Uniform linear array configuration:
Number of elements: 24
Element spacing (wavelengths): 0.75
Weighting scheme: binomial
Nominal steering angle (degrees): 0
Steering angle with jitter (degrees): -1.415
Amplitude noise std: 0.05
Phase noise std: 0.05

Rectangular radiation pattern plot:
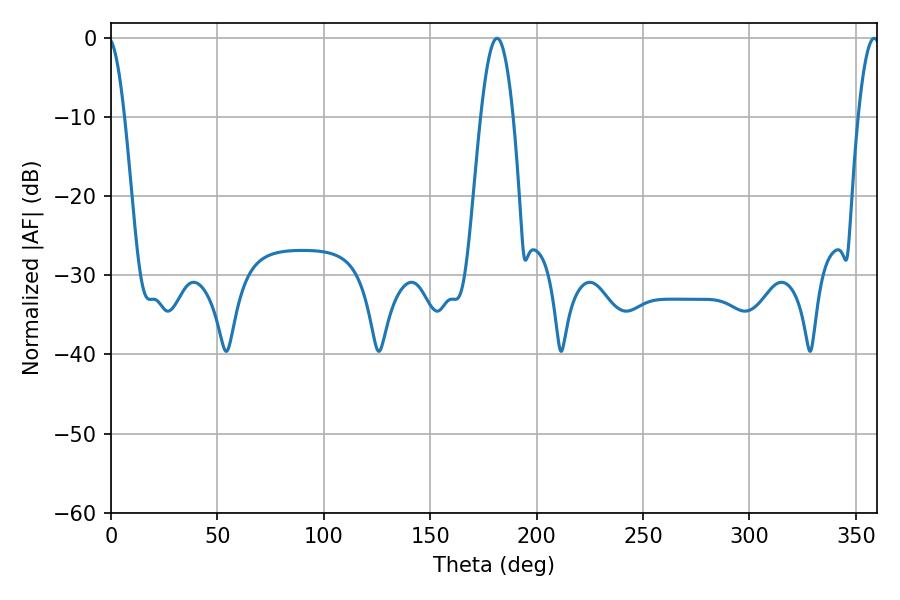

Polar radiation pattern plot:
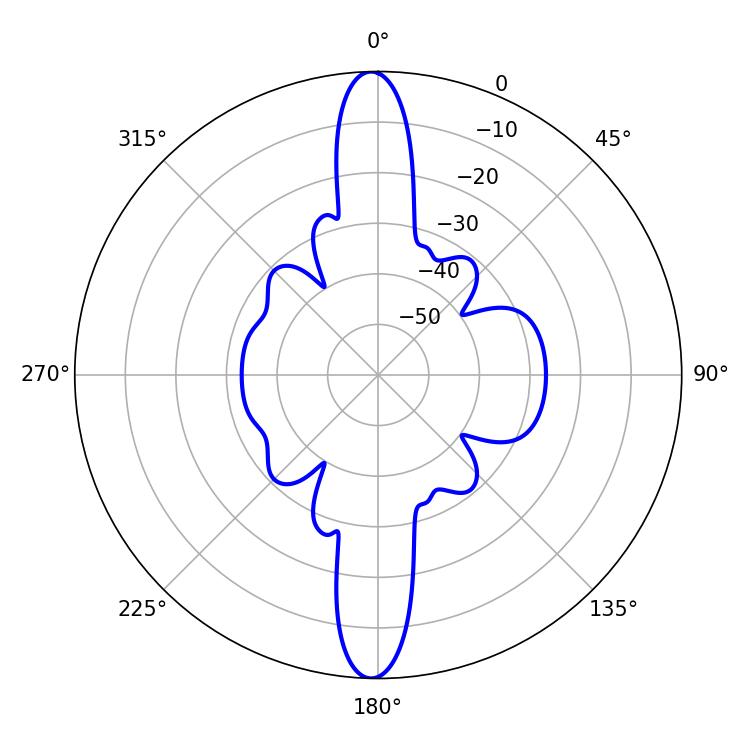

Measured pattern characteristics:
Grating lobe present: TRUE
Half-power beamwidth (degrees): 5.58
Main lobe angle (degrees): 358.56